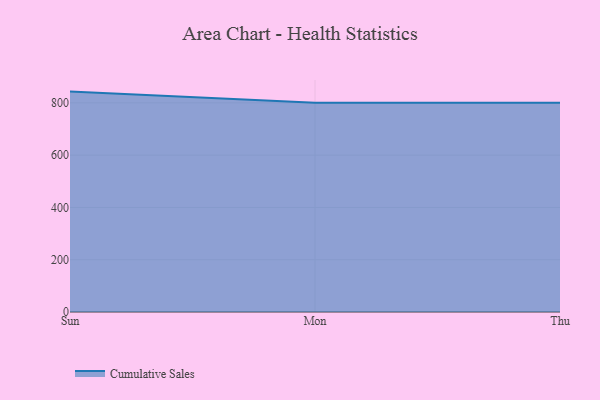
{"axis": {"x": "Day", "y": "Revenue (USD Million)"}, "legend": ["Cumulative Sales"], "data": [{"x": "Sun", "y": 843.0, "type": "Cumulative Sales"}, {"x": "Mon", "y": 800, "type": "Cumulative Sales"}, {"x": "Thu", "y": 800, "type": "Cumulative Sales"}]}